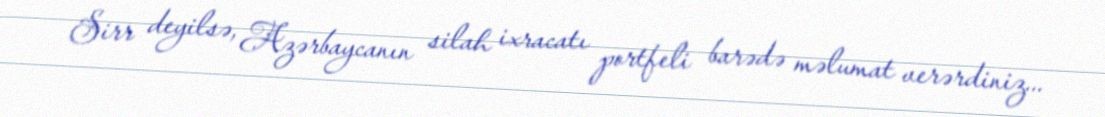
Sirr deyilsə, Azərbaycanın silah ixracatı portfeli barədə məlumat verərdiniz...